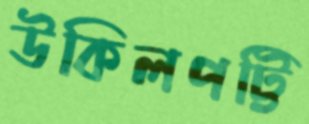
উকিলপট্টি